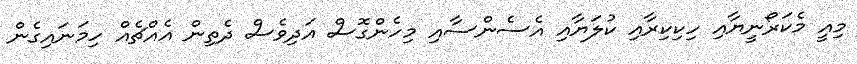
މިއީ މެކަރޯނީޔާއި ހިކިކިރާއި ކުލަޔާއި އެސެންސާއި މިހެންގޮސް އަދިވެސް ދެތިން އެއްޗެއް ހިމަނައިގެން